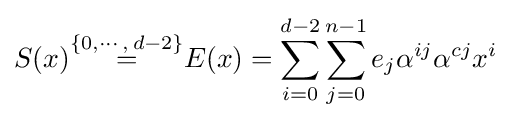
S(x){\stackrel {\{0,\cdots ,\,d-2\}}{=}}E(x)=\sum _{i=0}^{d-2}\sum _{j=0}^{n-1}e_{j}\alpha ^{ij}\alpha ^{cj}x^{i}